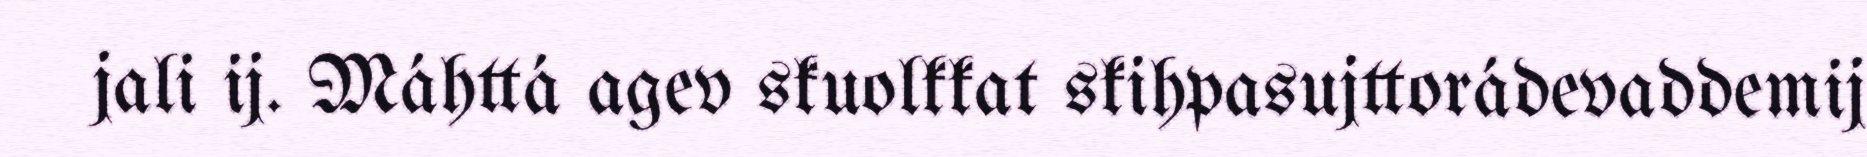
jali ij. Máhttá agev skuolkkat skihpasujttorádevaddemij